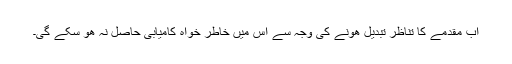
اب مقدمے کا تناظر تبدیل ھونے کی وجہ سے اس میں خاطر خواہ کامیابی حاصل نہ ھو سکے گی۔